Annual report on the working of the lock hospitals in the North-Western Provinces and Oudh
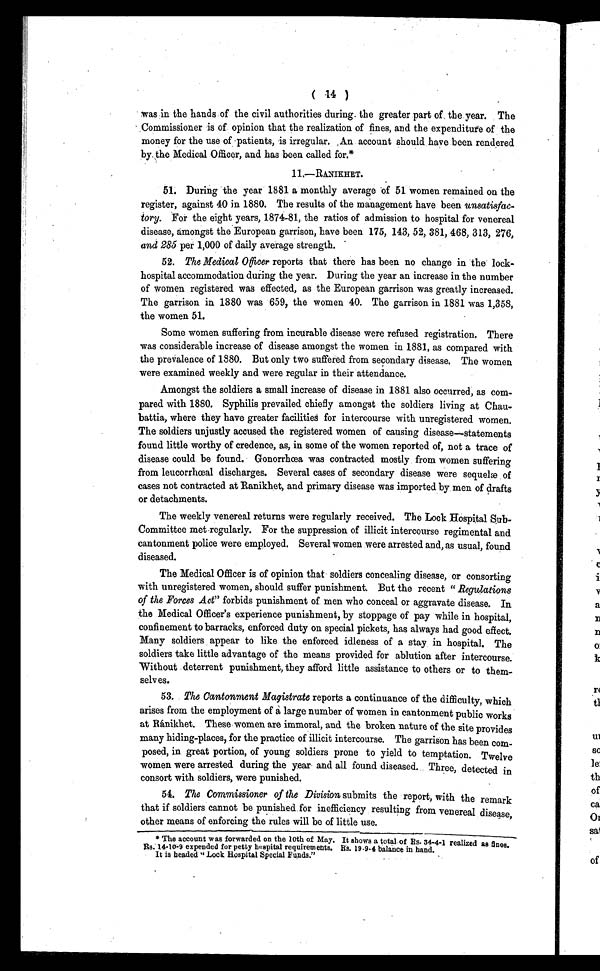
( 14 )
was in the hands of the civil authorities during the greater part of the year. The
Commissioner is of opinion that the realization of fines, and the expenditure of the
money for the use of patients, is irregular. An account should have been rendered
by the Medical Officer, and has been called for.*
11.—RANIKHET.
51. During the year 1881 a monthly average of 51 women remained on the
register, against 40 in 1880. The results of the management have been unsatisfac-
tory. For the eight years, 1874-81, the ratios of admission to hospital for venereal
disease, amongst the European garrison, have been 175, 143, 52, 381, 468, 313, 276,
and 285 per 1,000 of daily average strength.
52. The Medical Officer reports that there has been no change in the lock-
hospital accommodation during the year. During the year an increase in the number
of women registered was effected, as the European garrison was greatly increased.
The garrison in 1880 was 659, the women 40. The garrison in 1881 was 1,358,
the women 51.
Some women suffering from incurable disease were refused registration. There
was considerable increase of disease amongst the women in 1881, as compared with
the prevalence of 1880. But only two suffered from secondary disease. The women
were examined weekly and were regular in their attendance.
Amongst the soldiers a small increase of disease in 1881 also occurred, as com-
pared with 1880. Syphilis prevailed chiefly amongst the soldiers living at Chau-
battia, where they have greater facilities for intercourse with unregistered women.
The soldiers unjustly accused the registered women of causing disease—statements
found little worthy of credence, as, in some of the women reported of, not a trace of
disease could be found. Gonorrhœa was contracted mostly from women suffering
from leucorrhœal discharges. Several cases of secondary disease were sequelæ of
cases not contracted at Ranikhet, and primary disease was imported by men of drafts
or detachments.
The weekly venereal returns were regularly received. The Lock Hospital Sub-
Committee met regularly. For the suppression of illicit intercourse regimental and
cantonment police were employed. Several women were arrested and, as usual, found
diseased.
The Medical Officer is of opinion that soldiers concealing disease, or consorting
with unregistered women, should suffer punishment. But the recent " _Regulations
of the Forces Act" forbids punishment of men who conceal or aggravate disease. In
the Medical Officer's experience punishment, by stoppage of pay while in hospital,
confinement to barracks, enforced duty on special pickets, has always had good effect.
Many soldiers appear to like the enforced idleness of a stay in hospital. The
soldiers take little advantage of the means provided for ablution after intercourse.
Without deterrent punishment, they afford little assistance to others or to them-
selves.
53. The Cantonment Magistrate reports a continuance of the difficulty, which
arises from the employment of a large number of women in cantonment public works
at Ránikhet. These women are immoral, and the broken nature of the site provides
many hiding-places, for the practice of illicit intercourse. The garrison has been com-
posed, in great portion, of young soldiers prone to yield to temptation. Twelve
women were arrested during the year and all found diseased. Three, detected in
consort with soldiers, were punished.
54. The Commissioner of the Division submits the report, with the remark
that if soldiers cannot be punished for inefficiency resulting from venereal disease,
other means of enforcing the rules will be of little use.
* The account was forwarded on the 10th of May. It shows a total of Rs. 34-4-1 realized as fines.
Rs. 14-10-9 expended for petty hospital requirements. Rs. 19-9-4 balance in hand.
It is headed " Lock Hospital Special Funds."